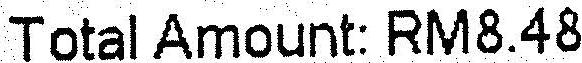
TOTAL AMOUNT: RM8.48